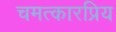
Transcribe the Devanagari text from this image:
चमत्कारप्रिय